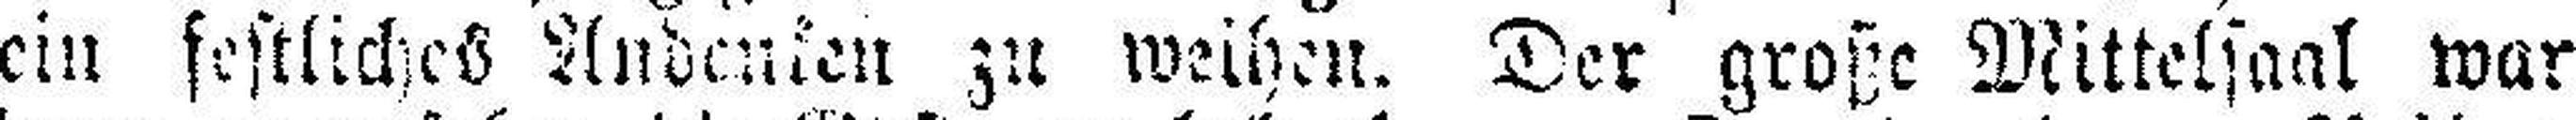
ein festliches Andenken zu weihen. Der große Mittelsaal war